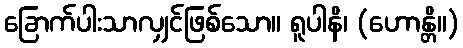
ခြောက်ပါးသာလျှင်ဖြစ်သော။ ရူပါနိ၊ (ဟောန္တိ။)